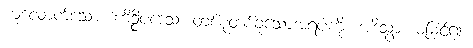
ယူလောက်သော။ ကိဉ္စိပဒေသံ၊ တစ်စုံတစ်ခုသောအရပ်ကို။ အဒိသွာ၊ မမြင်၍။